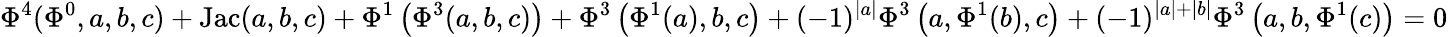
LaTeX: \Phi^{4}(\Phi^{0},a,b,c)+\mathrm{{Jac}}(a,b,c)+\Phi^{1}\left(\Phi^{3}(a,b,c)\right)+\Phi^{3}\left(\Phi^{1}(a),b,c\right)+(-1)^{\left|a\right|}\Phi^{3}\left(a,\Phi^{1}(b),c\right)+(-1)^{\left|a\right|+\left|b\right|}\Phi^{3}\left(a,b,\Phi^{1}(c)\right)=0